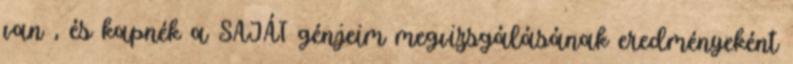
van , és kapnék a SAJÁT génjeim megvizsgálásának eredményeként